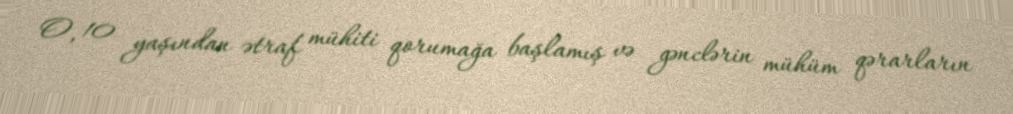
O, 10 yaşından ətraf mühiti qorumağa başlamış və gənclərin mühüm qərarların